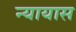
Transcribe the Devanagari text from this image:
न्यायास